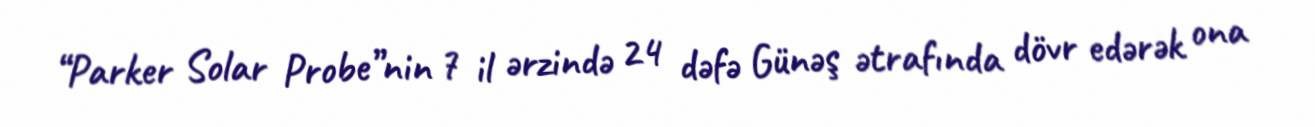
“Parker Solar Probe”nin 7 il ərzində 24 dəfə Günəş ətrafında dövr edərək ona